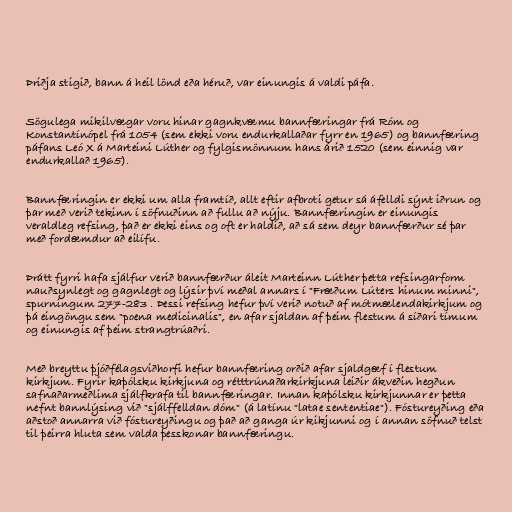
Þriðja stigið, bann á heil lönd eða héruð, var einungis á valdi páfa.

Sögulega mikilvægar voru hinar gagnkvæmu bannfæringar frá Róm og
Konstantínópel frá 1054 (sem ekki voru endurkallaðar fyrr en 1965) og bannfæring
páfans Leó X á Marteini Lúther og fylgismönnum hans árið 1520 (sem einnig var
endurkallað 1965).

Bannfæringin er ekki um alla framtíð, allt eftir afbroti getur sá áfelldi sýnt iðrun og
þar með verið tekinn í söfnuðinn að fullu að nýju. Bannfæringin er einungis
veraldleg refsing, það er ekki eins og oft er haldið, að sá sem deyr bannfærður sé þar
með fordæmdur að eilífu.

Þrátt fyrri hafa sjálfur verið bannfærður áleit Marteinn Lúther þetta refsingarform
nauðsynlegt og gagnlegt og lýsir því meðal annars í "Fræðum Lúters hinum minni",
spurningum 277-283 . Þessi refsing hefur því verið notuð af mótmælendakirkjum og
þá eingöngu sem "poena medicinalis", en afar sjaldan af þeim flestum á síðari tímum
og einungis af þeim strangtrúaðri.

Með breyttu þjóðfélagsviðhorfi hefur bannfæring orðið afar sjaldgæf í flestum
kirkjum. Fyrir kaþólsku kirkjuna og rétttrúnaðarkirkjuna leiðir ákveðin hegðun
safnaðarmeðlima sjálfkrafa til bannfæringar. Innan kaþólsku kirkjunnar er þetta
nefnt bannlýsing við "sjálffelldan dóm" (á latínu "latae sententiae"). Fóstureyðing eða
aðstoð annarra við fóstureyðingu og það að ganga úr kikjunni og í annan söfnuð telst
til þeirra hluta sem valda þesskonar bannfæringu.